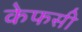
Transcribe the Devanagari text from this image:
केफसी